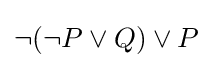
\neg (\neg P\lor Q)\lor P